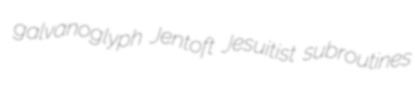
galvanoglyph Jentoft Jesuitist subroutines